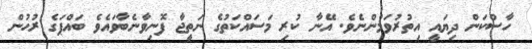
ހާސްކަން ދިޔައީ އިތުރުވަމުންނެވެ. އޭނާ ކުރި މަސައްކަތުގެ ނަތީޖާ ފޮނިވާނެބާވައެވެ ބައްޕަގެ ރުހުން